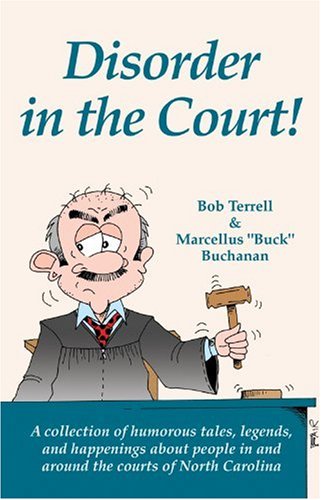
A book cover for Disorder In The Court!; Bob Terrell; Humor & Entertainment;